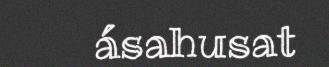
ásahusat